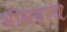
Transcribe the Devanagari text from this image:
भीमबांध